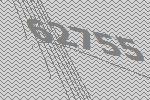
62755